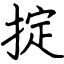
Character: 掟